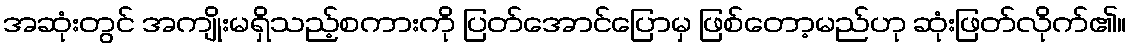
အဆုံးတွင် အကျိုးမရှိသည့်စကားကို ပြတ်အောင်ပြောမှ ဖြစ်တော့မည်ဟု ဆုံးဖြတ်လိုက်၏။